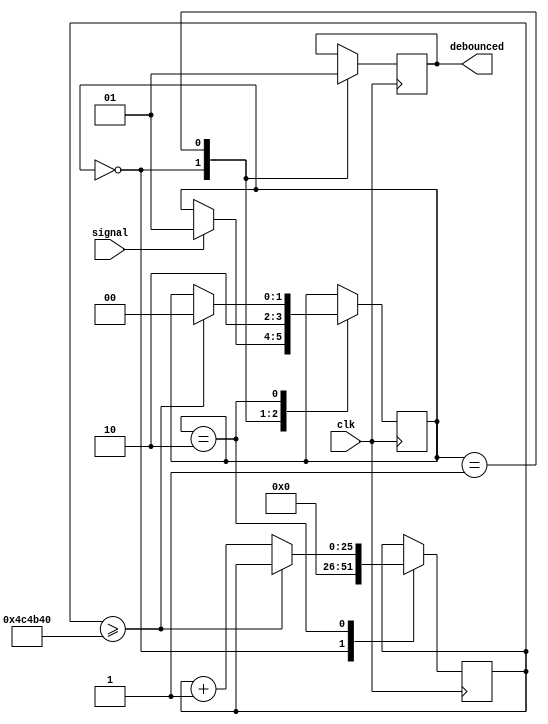
`timescale 1ns / 1ps

// Holds signal at 1 for 50 ms (a slight modification to the traditional debouncer)

module Debouncer50ms(signal, clk, debounced);
    input signal;
    input clk;
    output debounced;
	 
	reg [25:0] delay = 26'b0;
	reg [1:0] state = 2'b00;
	reg debounced = 1'b0;
	
	always @ (posedge clk) begin
		case (state)
			2'b00: begin
				if (signal) begin
					state = 2'b01;
				end
				debounced = 0;
				delay = 26'b0;
			end
			2'b01: begin
				debounced = 1;
				state = 2'b10;
			end
			2'b10: begin
				if (delay >= 5000000) begin
					state = 2'b00;
				end else begin
					delay = delay + 1;
				end
			end
		endcase
	end
endmodule